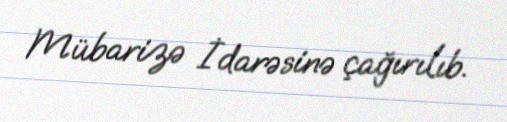
Mübarizə İdarəsinə çağırılıb.